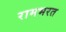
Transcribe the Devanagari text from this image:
रामभरत